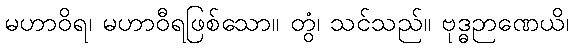
မဟာဝိရ၊ မဟာဝီရဖြစ်သော။ တွံ၊ သင်သည်။ ဗုဒ္ဓဉာဏေယိ၊